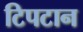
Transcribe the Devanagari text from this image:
टिपटान